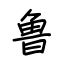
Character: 鲁